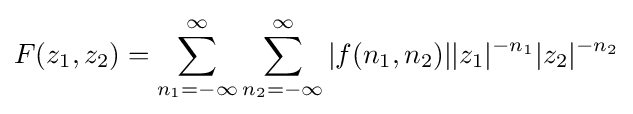
F(z_{1},z_{2})=\sum _{n_{1}=-\infty }^{\infty }\sum _{n_{2}=-\infty }^{\infty }|f(n_{1},n_{2})||z_{1}|^{-n_{1}}|z_{2}|^{-n_{2}}